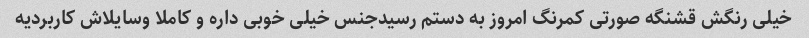
خیلی رنگش قشنگه صورتی کمرنگ امروز به دستم رسیدجنس خیلی خوبی داره و کاملا وسایلاش کاربردیه